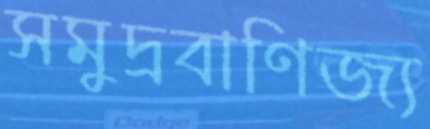
সমুদ্রবাণিজ্য